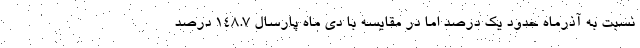
نسبت به آذرماه حدود یک درصد اما در مقایسه با دی ماه پارسال ۱۴۸.۷ درصد